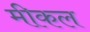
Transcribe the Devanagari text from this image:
मीकल